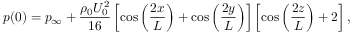
p ( 0 ) = p _ { \infty } + \frac { \rho _ { 0 } U _ { 0 } ^ { 2 } } { 1 6 } \left[ \cos \left( \frac { 2 x } { L } \right) + \cos \left( \frac { 2 y } { L } \right) \right] \left[ \cos \left( \frac { 2 z } { L } \right) + 2 \right] ,